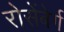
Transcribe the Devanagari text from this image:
रोसेंबेर्ग